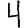
Digit: 4